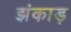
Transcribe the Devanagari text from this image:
झंकाड़